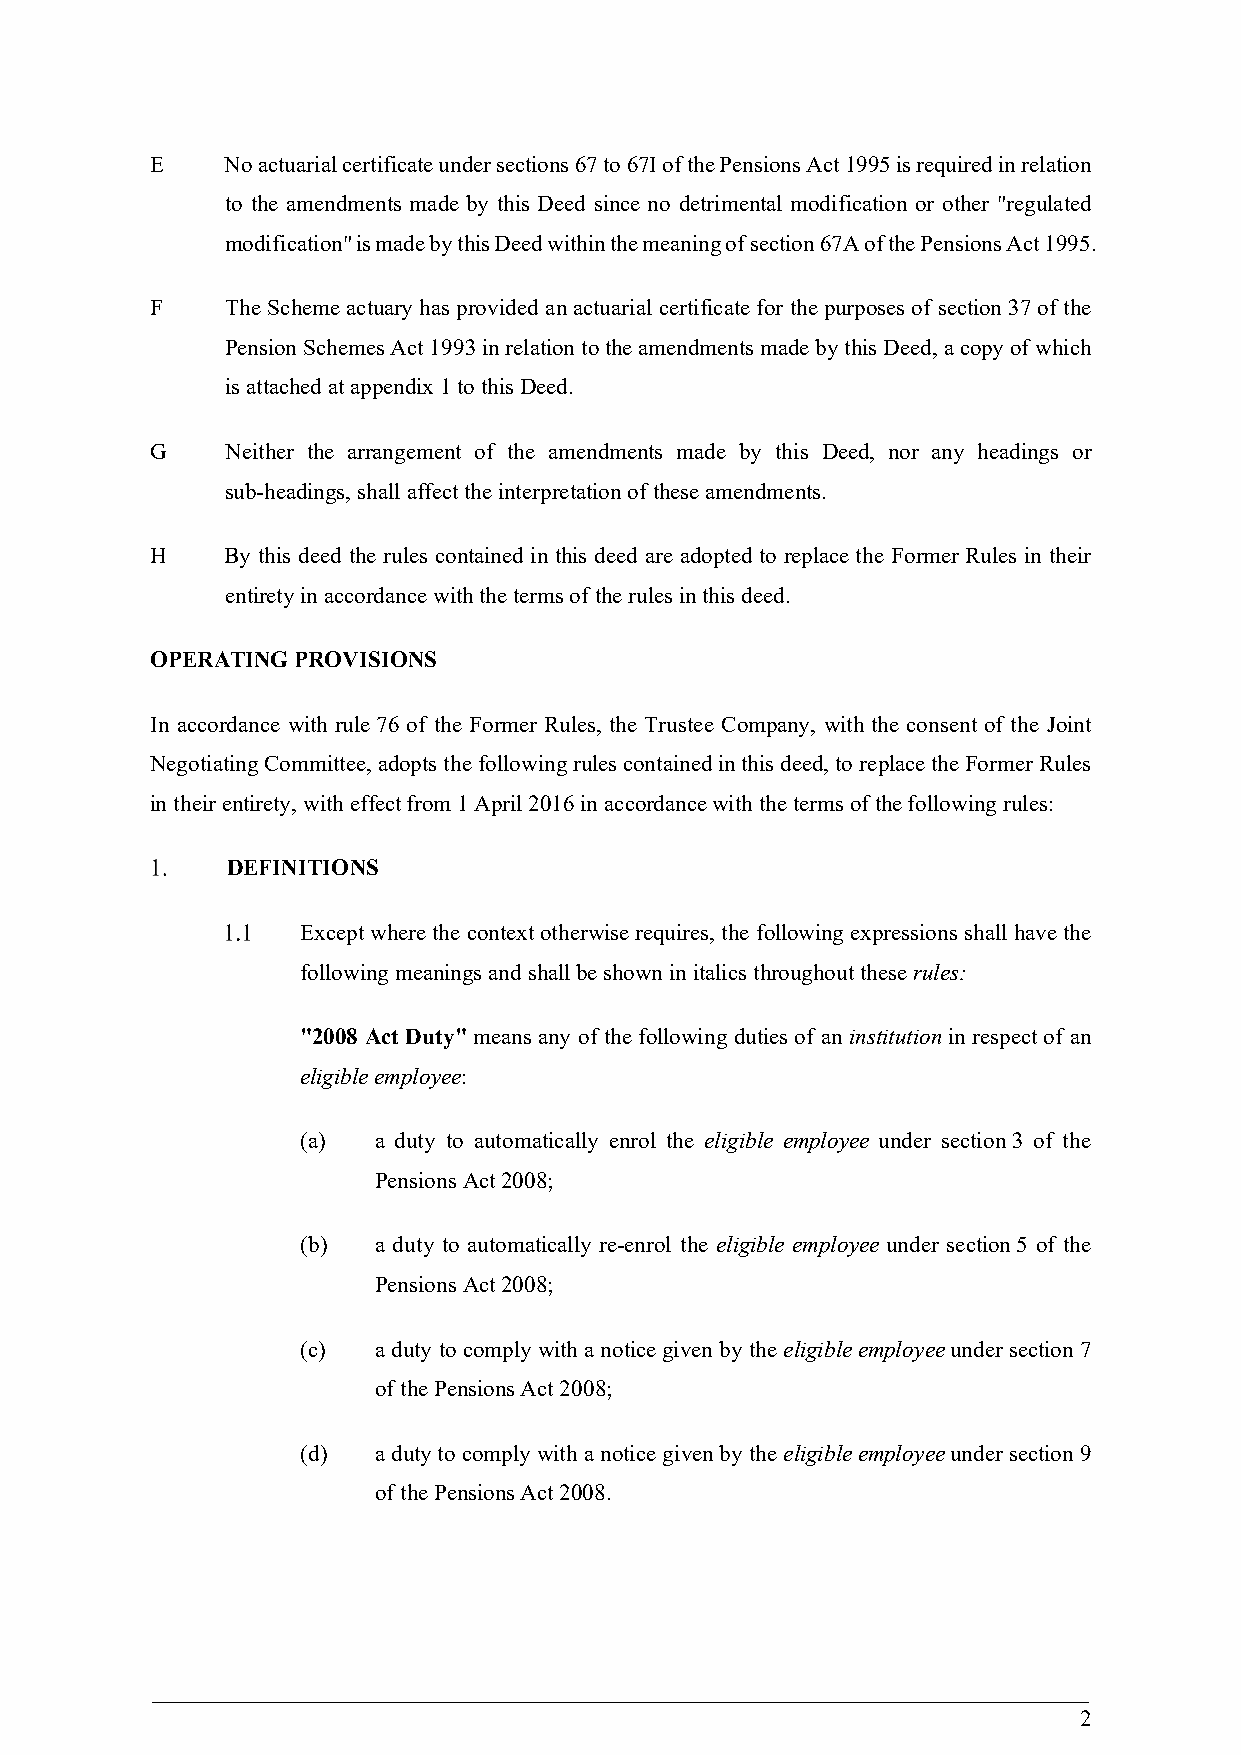
E    No actuarial certificate under sections 67 to 67I of the Pensions Act 1995 is required in relation
 to the amendments made by this Deed since no detrimental modification or other "regulated
 modification" is made by this Deed within the meaning of section 67A of the Pensions Act 1995.
 F    The Scheme actuary has provided an actuarial certificate for the purposes of section 37 of the
 Pension Schemes Act 1993 in relation to the amendments made by this Deed, a copy of which
 is attached at appendix 1 to this Deed.
 G    Neither the arrangement of the amendments made by this Deed, nor any headings or
 sub-headings, shall affect the interpretation of these amendments.
 H    By this deed the rules contained in this deed are adopted to replace the Former Rules in their
 entirety in accordance with the terms of the rules in this deed.
 OPERATING PROVISIONS
 In accordance with rule 76 of the Former Rules, the Trustee Company, with the consent of the Joint
 Negotiating Committee, adopts the following rules contained in this deed, to replace the Former Rules
 in their entirety, with effect from 1 April 2016 in accordance with the terms of the following rules:
 DEFINITIONS
 Except where the context otherwise requires, the following expressions shall have the
 following meanings and shall be shown in italics throughout these rules:
 "2008 Act Duty" means any of the following duties of an institution in respect of an
 eligible employee:
 (a)  a duty to automatically enrol the eligible employee under section 3 of the
 Pensions Act 2008;
 (b)  a duty to automatically re-enrol the eligible employee under section 5 of the
 Pensions Act 2008;
 (c)  a duty to comply with a notice given by the eligible employee under section 7
 of the Pensions Act 2008;
 (d)  a duty to comply with a notice given by the eligible employee under section 9
 of the Pensions Act 2008.
 2